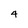
Character: 4